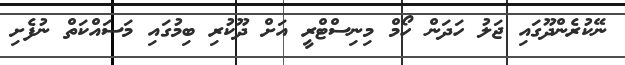
ނޭކުރެންދޫގައި ޖަލު ހަދަން ހޯމް މިނިސްޓްރީ އަށް ދޫކުރި ބިމުގައި މަސައްކަތް ނުފެށި